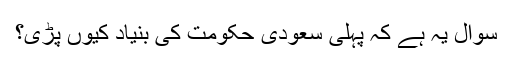
سوال یہ ہے کہ پہلى سعودى حکومت کى بنیاد کیوں پڑى؟